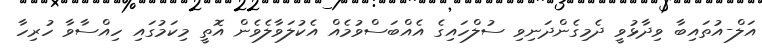
އަލް-އުތައިބާ ވިދާޅުވީ ދެމިގެންދަނިވި ސުލްހައިގެ އެއްބަސްވުމެއް އެކުލަވާލެވެން އޮތީ މިކަމުގައި ހިއްސާވާ ހުރިހާ